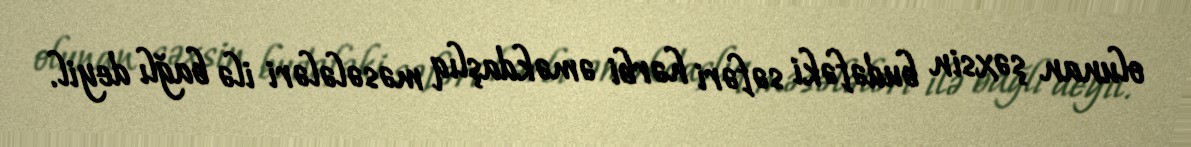
olunan şəxsin budəfəki səfəri hərbi əməkdaşlıq məsələləri ilə bağlı deyil.